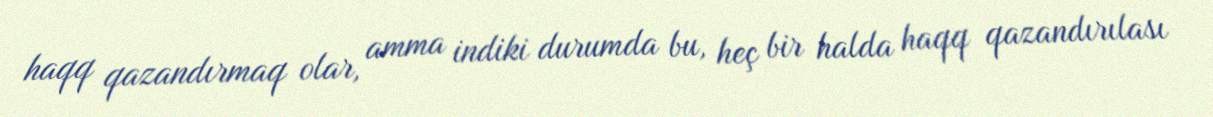
haqq qazandırmaq olar, amma indiki durumda bu, heç bir halda haqq qazandırılası